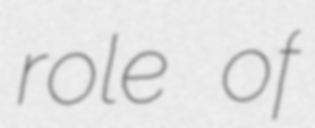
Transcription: role of